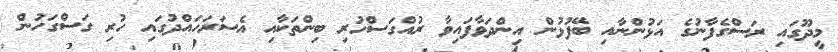
މީދޫގައި ރަސްގެފާނުގެ އަޅުންނާއި ބޭފުޅުން އިންދަވާފައިވާ ރުއްގަސްހުރި ބިންތަކާއި އެސަރަހައްދުގައި ހުރި ގަސްގަހުން